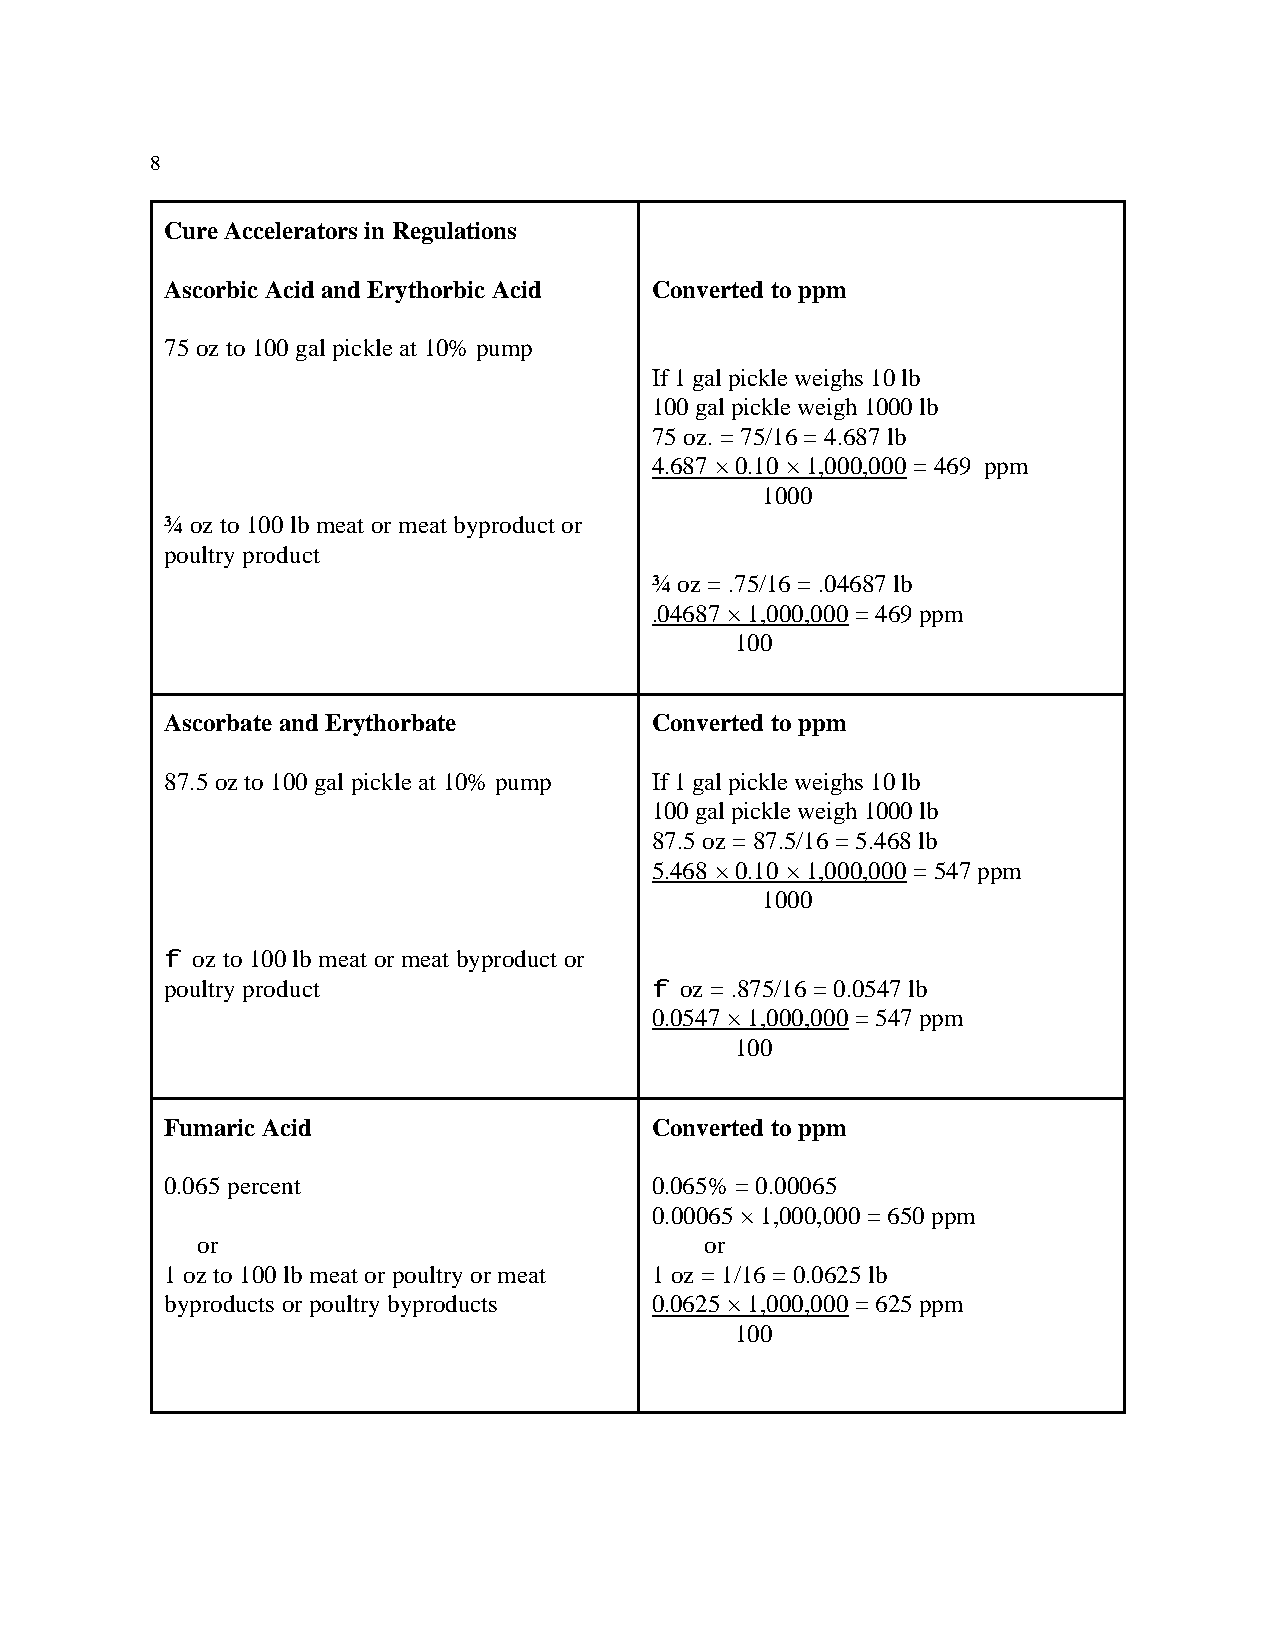
8
 Cure Accelerators in Regulations
 Ascorbic Acid and Erythorbic Acid Converted to ppm
 75 oz to 100 gal pickle at 10% pump
 If 1 gal pickle weighs 10 lb
 100 gal pickle weigh 1000 lb
 75 oz. = 75/16 = 4.687 lb
 4.687 × 0.10 × 1,000,000 = 469 ppm
 1000
 ¾ oz to 100 lb meat or meat byproduct or
 poultry product
 ¾ oz = .75/16 = .04687 lb
 .04687 × 1,000,000 = 469 ppm
 100
 Ascorbate and Erythorbate       Converted to ppm
 87.5 oz to 100 gal pickle at 10% pump If 1 gal pickle weighs 10 lb
 100 gal pickle weigh 1000 lb
 87.5 oz = 87.5/16 = 5.468 lb
 5.468 × 0.10 × 1,000,000 = 547 ppm
 1000
 f oz to 100 lb meat or meat byproduct or
 poultry product                 f oz = .875/16 = 0.0547 lb
 0.0547 × 1,000,000 = 547 ppm
 100
 Fumaric Acid                    Converted to ppm
 0.065 percent                   0.065% = 0.00065
 0.00065 × 1,000,000 = 650 ppm
 or                                or
 1 oz to 100 lb meat or poultry or meat 1 oz = 1/16 = 0.0625 lb
 byproducts or poultry byproducts 0.0625 × 1,000,000 = 625 ppm
 100